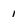
Character: i